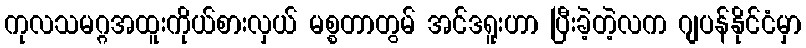
ကုလသမဂ္ဂအထူးကိုယ်စားလှယ် မစ္စတာတွမ် အင်ဒရူးဟာ ပြီးခဲ့တဲ့လက ဂျပန်နိုင်ငံမှာ